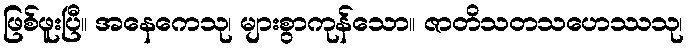
ဖြစ်ဖူးပြီ။ အနေကေသု၊ များစွာကုန်သော။ ဇာတိသတသဟေဿသု၊